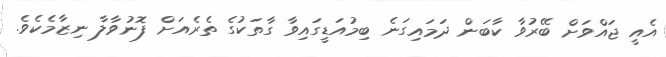
އެއީ ޖައްވަށް ބޭރުވާ ކާބަން ދަމައިގަނެ ބިމުއަޑީގައިވާ ގާތަކުގެ ތެރެއަށް ފޮނުވާލާ ނިޒާމެކެވެ.